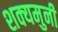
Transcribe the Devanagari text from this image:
शक्यमुनी